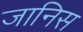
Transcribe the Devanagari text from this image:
जानिस